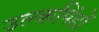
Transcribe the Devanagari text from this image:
उल्कपिंडों